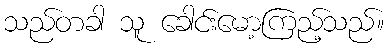
သည်တခါ သူ ခေါင်းမော့ကြည့်သည်။